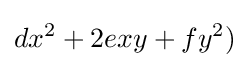
dx^{2}+2exy+fy^{2})